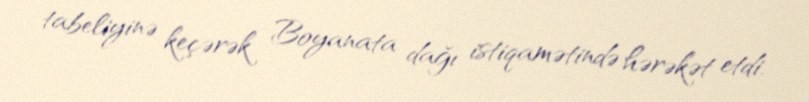
tabeliyinə keçərək Boyanata dağı istiqamətində hərəkət etdi.